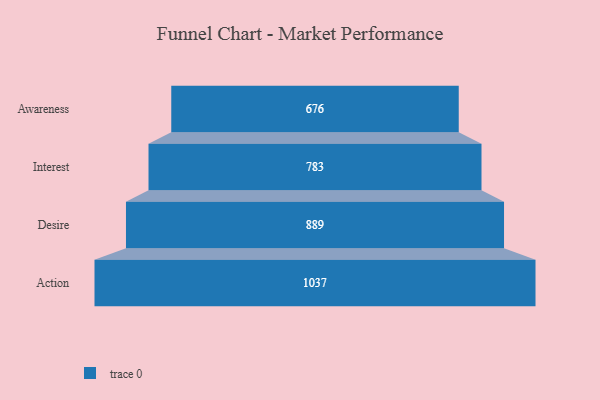
{"axis": {"x": "Stage", "y": "Value"}, "legend": [""], "data": [{"x": "Awareness", "y": 676.0, "type": ""}, {"x": "Interest", "y": 783.0, "type": ""}, {"x": "Desire", "y": 889.0, "type": ""}, {"x": "Action", "y": 1037.0, "type": ""}]}